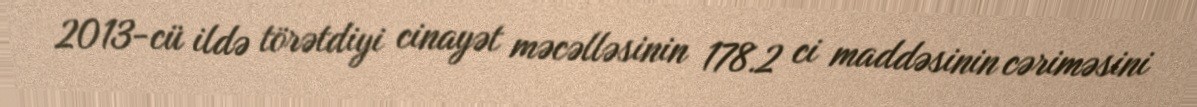
2013-cü ildə törətdiyi cinayət məcəlləsinin 178.2 ci maddəsinin cəriməsini